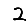
Digit: 2